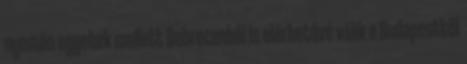
nyomán egyebek mellett Debrecenből is elérhetővé válik a Budapesttől